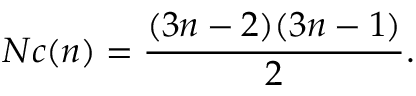
N c ( n ) = { \frac { ( 3 n - 2 ) ( 3 n - 1 ) } { 2 } } .